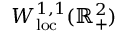
W _ { \mathrm { l o c } } ^ { 1 , 1 } ( \mathbb { R } _ { + } ^ { 2 } )